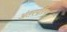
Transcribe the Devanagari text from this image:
अंतरपरिवर्तन